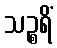
သဉ္စရိံ